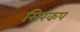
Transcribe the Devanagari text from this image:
सिरकप